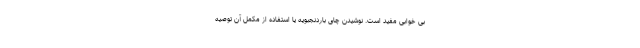
بی خوابی مفید است. نوشیدن چای باردنجبویه یا استفاده از مکمل آن توصیه